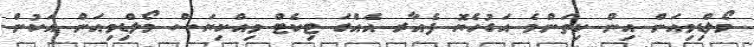
މޯލްޑިވިއަން އިން ކިތަންމެ އަގުހެޔޮ ފެެއާރ އެއްގަ ޓިކެޓް ވިއްކިޔަސް މޯލްޑިވިއަން އަކުން